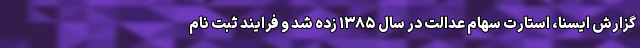
گزارش ایسنا، استارت سهام عدالت در سال ۱۳۸۵ زده شد و فرایند ثبت نام